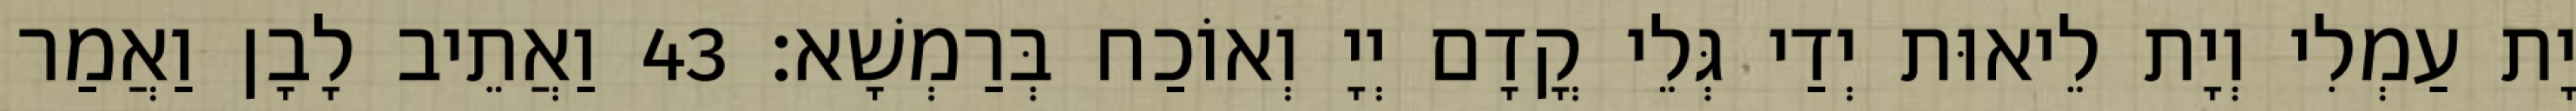
יָת עַמְלִי וְיָת לֵיאוּת יְדַי גְּלֵי קֳדָם יְיָ וְאוֹכַח בְּרַמְשָׁא׃ 43 וַאֲתֵיב לָבָן וַאֲמַר